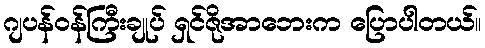
ဂျပန်ဝန်ကြီးချုပ် ရှင်ဇိုအာဘေးက ပြောပါတယ်။